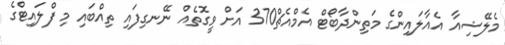
މެލޭޝިއާ އެއާލައިންގެ މަތިންދާބޯޓް އެމްއެޗް370 އަށް ވީގޮތެއް ނޭނގިފައި ތިއްބައި މި ފްލައިޓްގެ